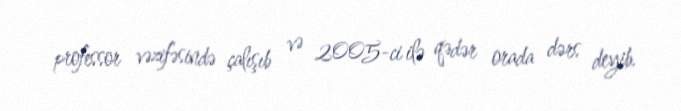
professor vəzifəsində çalışıb və 2005-ci ilə qədər orada dərs deyib.